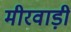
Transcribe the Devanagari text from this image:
मीरवाड़ी